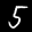
Label: 5